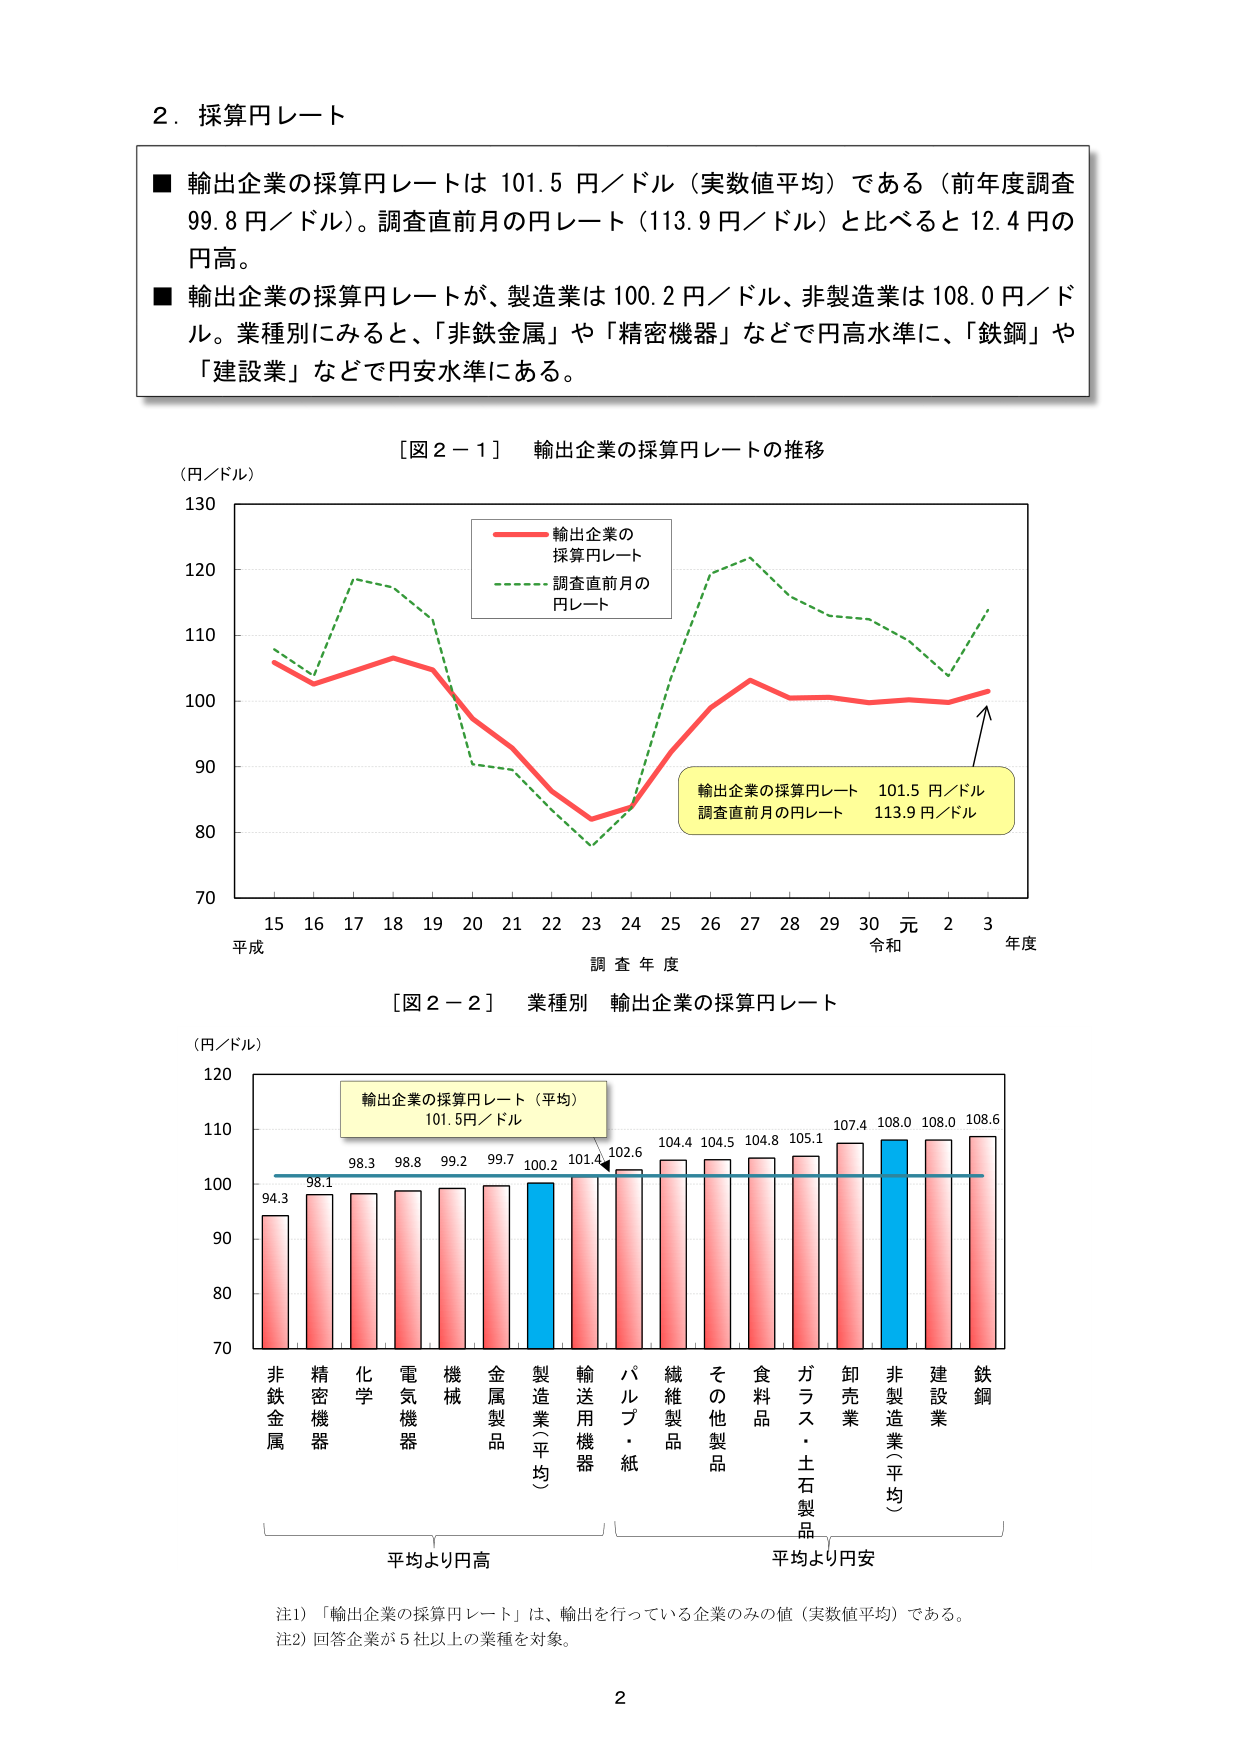
2．採算円レート

■ 輸出企業の採算円レートは 101.5 円／ドル（実数値平均）である（前年度調査 99.8 円／ドル）。調査直前月の円レート（113.9 円／ドル）と比べると 12.4 円の円高。

■ 輸出企業の採算円レートが、製造業は 100.2 円／ドル、非製造業は 108.0 円／ドル。業種別にみると、「非鉄金属」や「精密機器」などで円高水準に、「鉄鋼」や「建設業」などで円安水準にある。

［図２－１］ 輸出企業の採算円レートの推移

（円／ドル）

130

120

110

100

90

80

70

15 16 17 18 19 20 21 22 23 24 25 26 27 28 29 30 元 2 3

平成 調査年度 令和 年度

■ 輸出企業の採算円レート

■ 調査直前月の円レート

輸出企業の採算円レート 101.5 円／ドル

調査直前月の円レート 113.9 円／ドル

［図２－２］ 業種別 輸出企業の採算円レート

（円／ドル）

120

110

100

90

80

70

非鉄金属 精密機器 化学 電気機器 機械 金属製品 製造業（平均） 輸送用機器 パルプ・紙 繊維製品 その他製品 食料品 ガラス・土石製品 卸売業 非製造業（平均） 建設業 鉄鋼

94.3 98.1 98.3 98.8 99.2 99.7 100.2 101.4 102.6 104.4 104.5 104.8 105.1 107.4 108.0 108.0 108.6

輸出企業の採算円レート（平均） 101.5円／ドル

平均より円高 平均より円安

注1）「輸出企業の採算円レート」は、輸出を行っている企業のみの値（実数値平均）である。

注2）回答企業が5社以上の業種を対象。

2